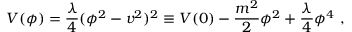
V ( \phi ) = { \frac { \lambda } { 4 } } ( \phi ^ { 2 } - { v } ^ { 2 } ) ^ { 2 } \equiv V ( 0 ) - { \frac { m ^ { 2 } } { 2 } } \phi ^ { 2 } + { \frac { \lambda } { 4 } } \phi ^ { 4 } \ ,